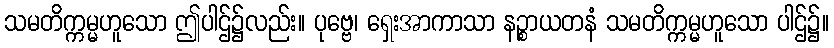
သမတိက္ကမ္မဟူသော ဤပါဌ်၌လည်း။ ပုဗ္ဗေ၊ ရှေးအာကာသာ နဉ္စာယတနံ သမတိက္ကမ္မဟူသော ပါဌ်၌။